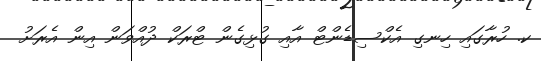
ކ. ހުރާގައި ހިނގި އެކްސިޑެންޓް އާއި ގުޅިގެން ޓްރަކް ދުއްވަން އިން އެރަށު